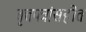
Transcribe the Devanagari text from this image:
वृत्तपत्रांसहीत